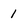
Character: 1